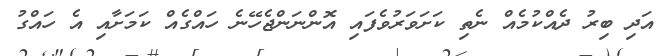
އަދި ބިރު ދެއްކުމެއް ނެތި ކަށަވަރުވެފައި އޮންނަންޖެހޭނެ ހައްގެއް ކަމަށާއި އެ ހައްގު